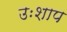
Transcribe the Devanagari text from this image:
उःशाप